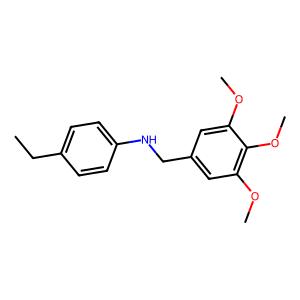
SMILES: CCc1ccc(NCc2cc(OC)c(OC)c(OC)c2)cc1
Inhibits HIV replication: No